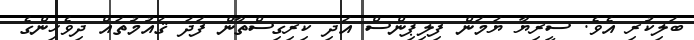
ބަލިކުރި އެވެ. ސީރިޔާ ޔަމަން ފިލިޕިންސް އަދި ކިރިގިސްތާން ފަދަ ޤައުމުތައް ދިވެހިންގެ